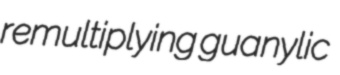
remultiplying guanylic